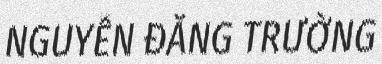
NGUYỄN ĐĂNG TRƯỜNG